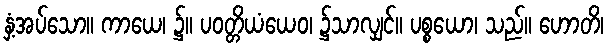
နှံ့အပ်သော။ ကာယေ၊ ၌။ ပဝတ္တိယံယေဝ၊ ၌သာလျှင်။ ပစ္စယော၊ သည်။ ဟောတိ၊